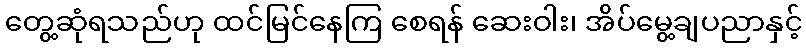
တွေ့ဆုံရသည်ဟု ထင်မြင်နေကြ စေရန် ဆေးဝါး၊ အိပ်မွေ့ချပညာနှင့်